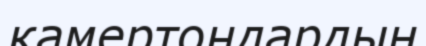
камертондардың